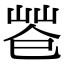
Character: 𢁃